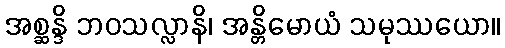
အစ္ဆန္ဒိ ဘဝသလ္လာနိ၊ အန္တိမောယံ သမုဿယော။